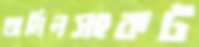
তামিলসংকট